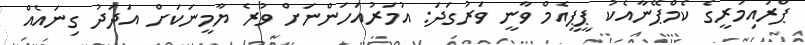
ޕްރައިމަރީގެ ކެމްޕޭނާއެކު ޕީޕީއެމް ވާނީ ވަރުގަދަ: އުމަރުއަހަންނަށް ވުރެ ޔާމީނަކަށް އަދަދު ގިނައެއް